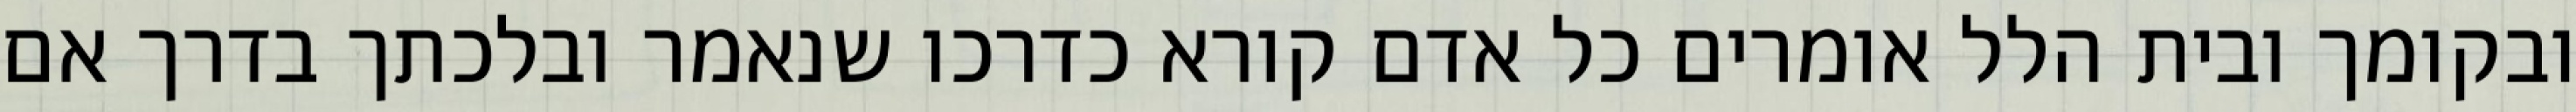
ובקומך ובית הלל אומרים כל אדם קורא כדרכו שנאמר ובלכתך בדרך אם